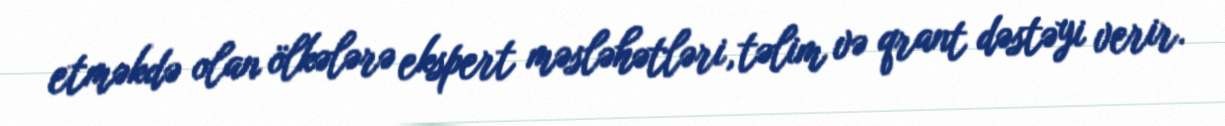
etməkdə olan ölkələrə ekspert məsləhətləri, təlim və qrant dəstəyi verir.